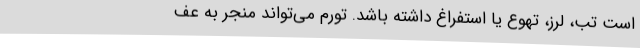
است تب، لرز، تهوع یا استفراغ داشته باشد. تورم می‌تواند منجر به عف